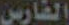
الفارس